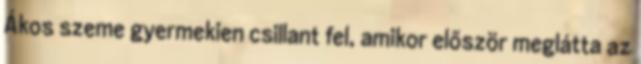
Ákos szeme gyermekien csillant fel, amikor először meglátta az